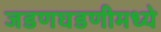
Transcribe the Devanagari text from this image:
जडणघडणीमध्ये